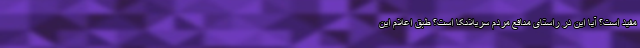
مفید است؟ آیا این در راستای منافع مردم سریلانکا است؟ طبق اعلام این